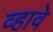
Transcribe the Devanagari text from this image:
व्‍हावे